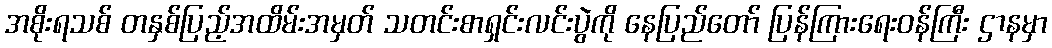
အစိုးရသစ် တနှစ်ပြည့်အထိမ်းအမှတ် သတင်းစာရှင်းလင်းပွဲကို နေပြည်တော် ပြန်ကြားရေးဝန်ကြီး ဌာနမှာ